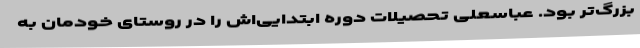
بزرگ‌تر بود. عباسعلی تحصیلات دوره ابتدایی‌اش را در روستای خودمان به